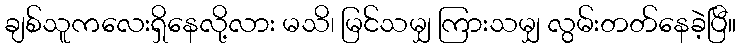
ချစ်သူကလေးရှိနေလို့လား မသိ၊ မြင်သမျှ ကြားသမျှ လွမ်းတတ်နေခဲ့ပြီ။